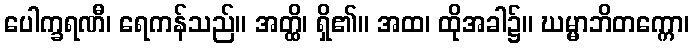
ပေါက္ခရဏီ၊ ရေကန်သည်။ အတ္ထိ၊ ရှိ၏။ အထ၊ ထိုအခါ၌။ ဃမ္မာဘိတက္ကော၊